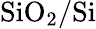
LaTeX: \mathrm{{SiO}_{\mathrm{{2}}}/\mathrm{{Si}}}